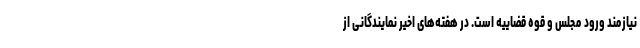
نیازمند ورود مجلس و قوه قضاییه است. در هفته‌های اخیر نمایندگانی از